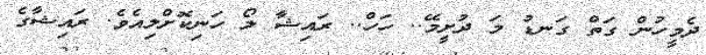
ދެމީހުން ގަތް ގަނޑު މަ ދުށީމޭ.. ހަހް.. ރައިޝާ ލޯ ހަނިކޮށްލިއެވެ. ރައިޝާގެ